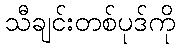
သီချင်းတစ်ပုဒ်ကို